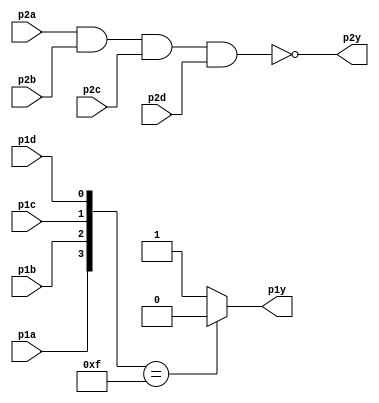
//integrated curcuits 
module top_module ( 
    input p1a, p1b, p1c, p1d,
    output p1y,
    input p2a, p2b, p2c, p2d,
    output p2y );

    //
    assign p1y = {p1a, p1b, p1c, p1d} == 4'b1111 ? 0 : 1;
    //
    assign p2y = ~(p2a && p2b && p2c && p2d);
    

endmodule